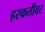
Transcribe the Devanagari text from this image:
हरकतीवर